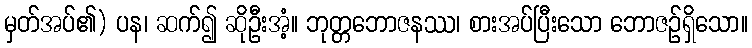
မှတ်အပ်၏) ပန၊ ဆက်၍ ဆိုဦးအံ့။ ဘုတ္တဘောဇနဿ၊ စားအပ်ပြီးသော ဘောဇဉ်ရှိသော။